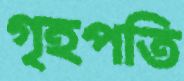
গৃহপতি